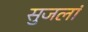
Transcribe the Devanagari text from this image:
सुजलां